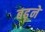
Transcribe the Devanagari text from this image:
बढ़़ने